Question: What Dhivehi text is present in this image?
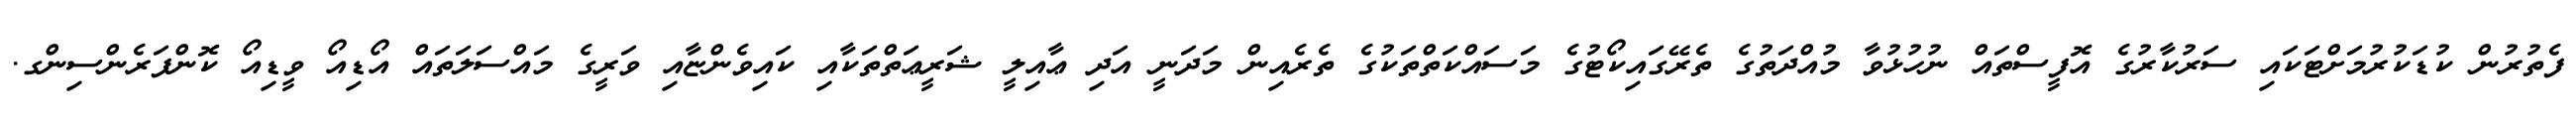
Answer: ފެތުރުން ކުޑަކުރުމަށްޓަކައި ސަރުކާރުގެ އޮފީސްތައް ނުހުޅުވާ މުއްދަތުގެ ތެރޭގައިކޯޓުގެ މަސައްކަތްތަކުގެ ތެރެއިން މަދަނީ އަދި ޢާއިލީ ޝަރީޢަތްތަކާއި ކައިވެންޏާއި ވަރީގެ މައްސަލަތައް އޯޑިއޯ ވީޑިއޯ ކޮންފަރެންސިންގ.